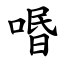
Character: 㗃